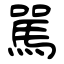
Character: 駡